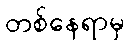
တစ်နေရာမှ